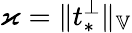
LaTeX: \varkappa=\| t_{*}^{\perp}\| _{\mathbb{V}}